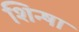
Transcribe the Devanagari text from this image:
शिन्षा